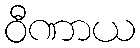
ဝီဏာယ